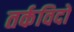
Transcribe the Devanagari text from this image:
तर्कविदों